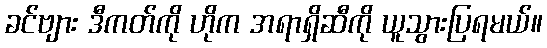
ခင်ဗျား ဒီကတ်ကို ဟိုက အရာရှိဆီကို ယူသွားပြရမယ်။